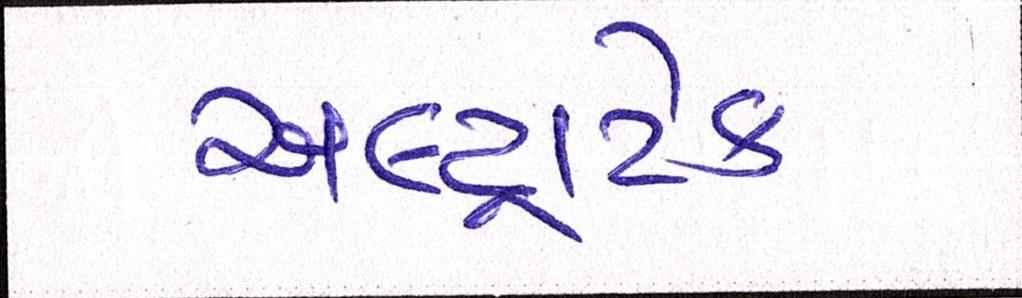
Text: અલ્ટ્રાટેક